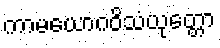
ကာမယောဂဝိသံယုတ္တော